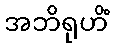
အဘိရုဟိံ